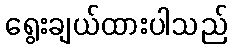
ရွေးချယ်ထားပါသည်